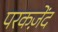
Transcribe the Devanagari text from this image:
परकज़ेंद